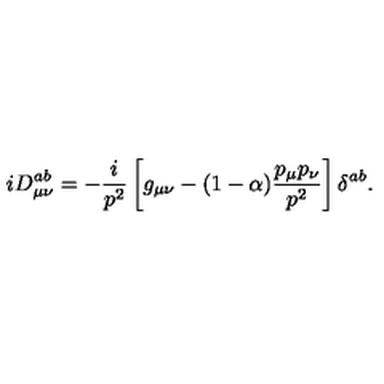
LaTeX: i D _ { \mu \nu } ^ { a b } = - \frac i { p ^ { 2 } } \left[ g _ { \mu \nu } - ( 1 - \alpha ) \frac { p _ { \mu } p _ { \nu } } { p ^ { 2 } } \right] \delta ^ { a b } .